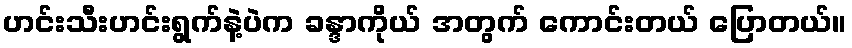
ဟင်းသီးဟင်းရွက်နဲ့ပဲက ခန္ဒာကိုယ် အတွက် ကောင်းတယ် ပြောတယ်။